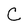
Character: C